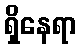
ရှိနေရာ